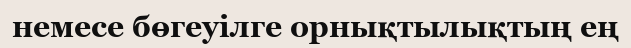
немесе бөгеуілге орнықтылықтың ең